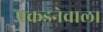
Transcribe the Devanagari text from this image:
पकडनेवाला